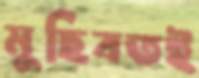
মুছিবতই